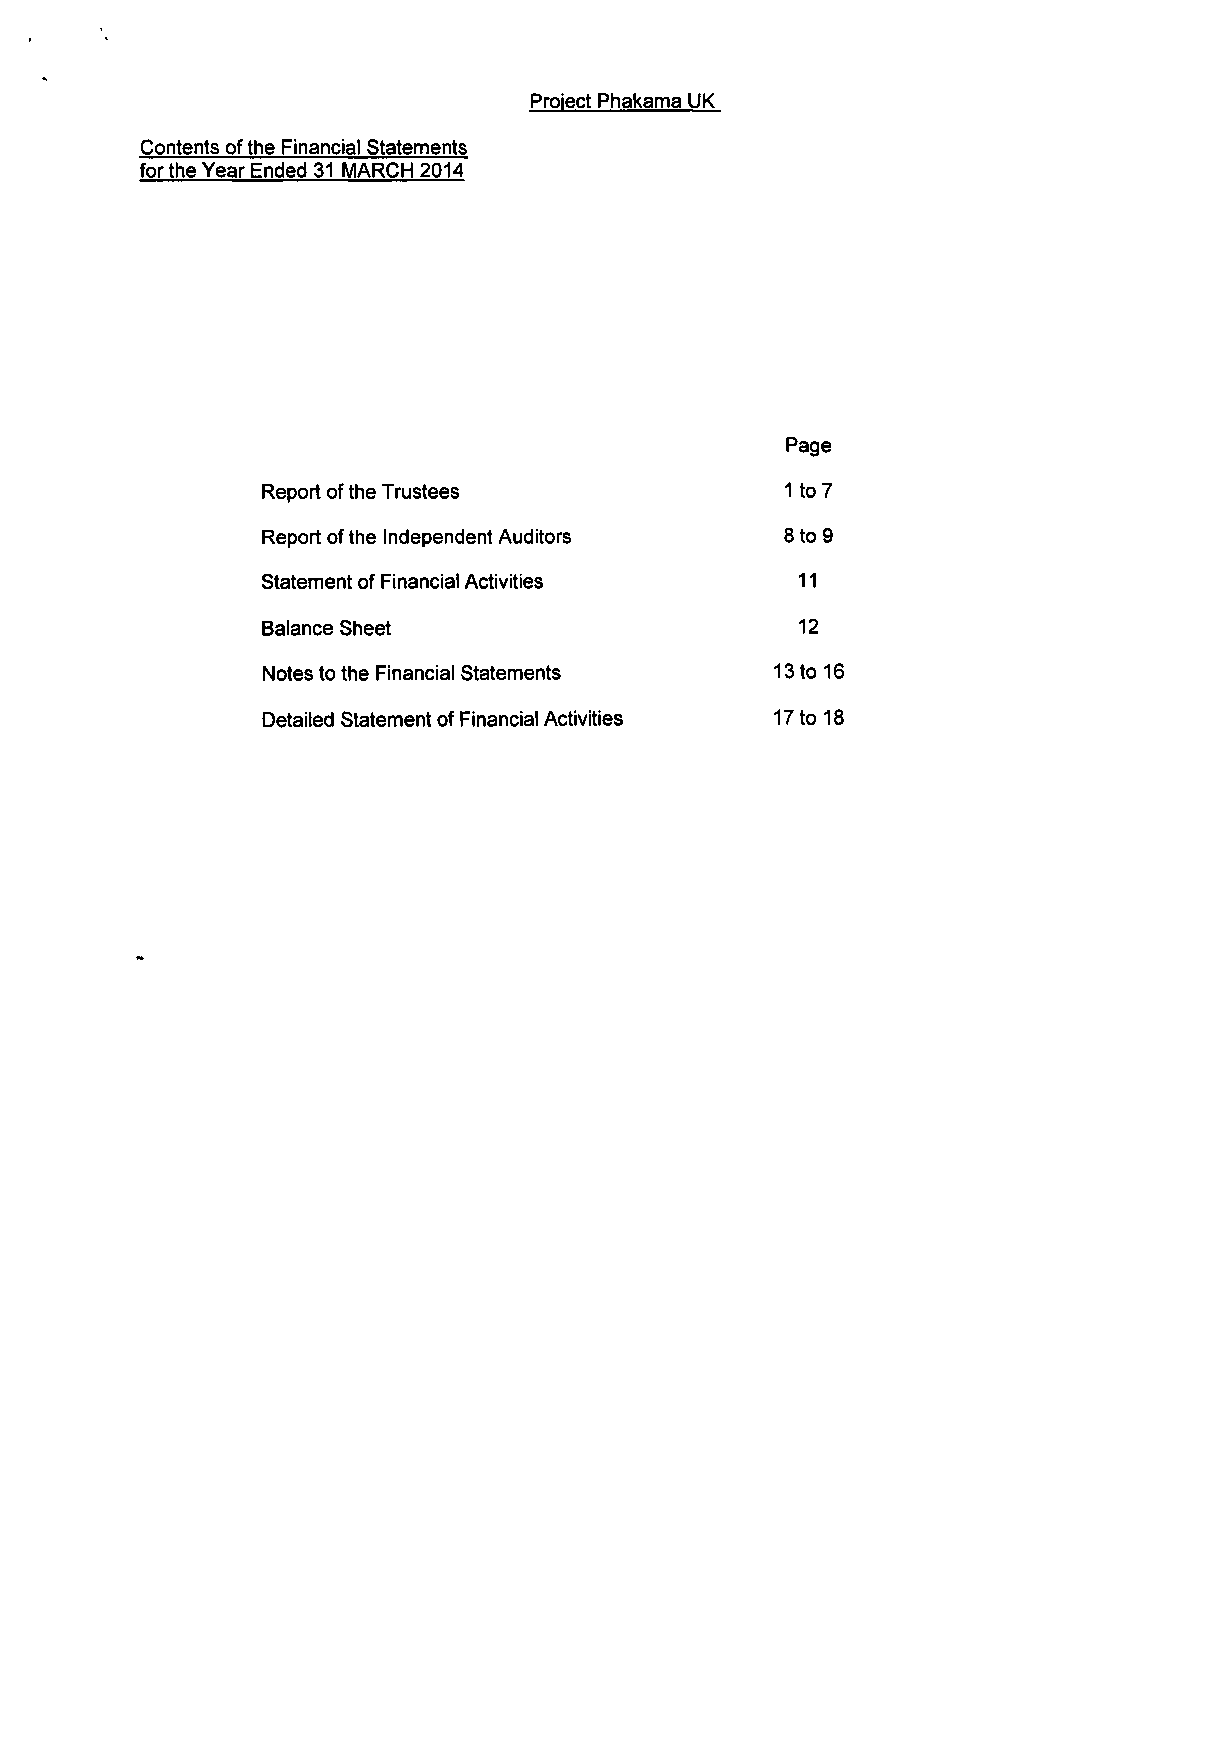
Project Phakama UK
 Contents of the Financial Statements
 for the Year Ended 31 MARCH 2014
 Page
 Report of the Trustees             1 to 7
 Report of the Independent Auditors 8 to 9
 Statement of Financial Activities   11
 Balance Sheet                       12
 Notes to the Financial Statements 13 to 16
 Detailed Statement of Financial Activities 17 to 18